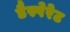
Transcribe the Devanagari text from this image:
डैस्पेरेट